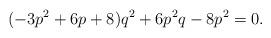
LaTeX: \begin{align*} (-3p^2+6p+8)q^2+6p^2q-8p^2=0.\end{align*}